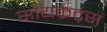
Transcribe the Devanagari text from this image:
सायक्रेट्स